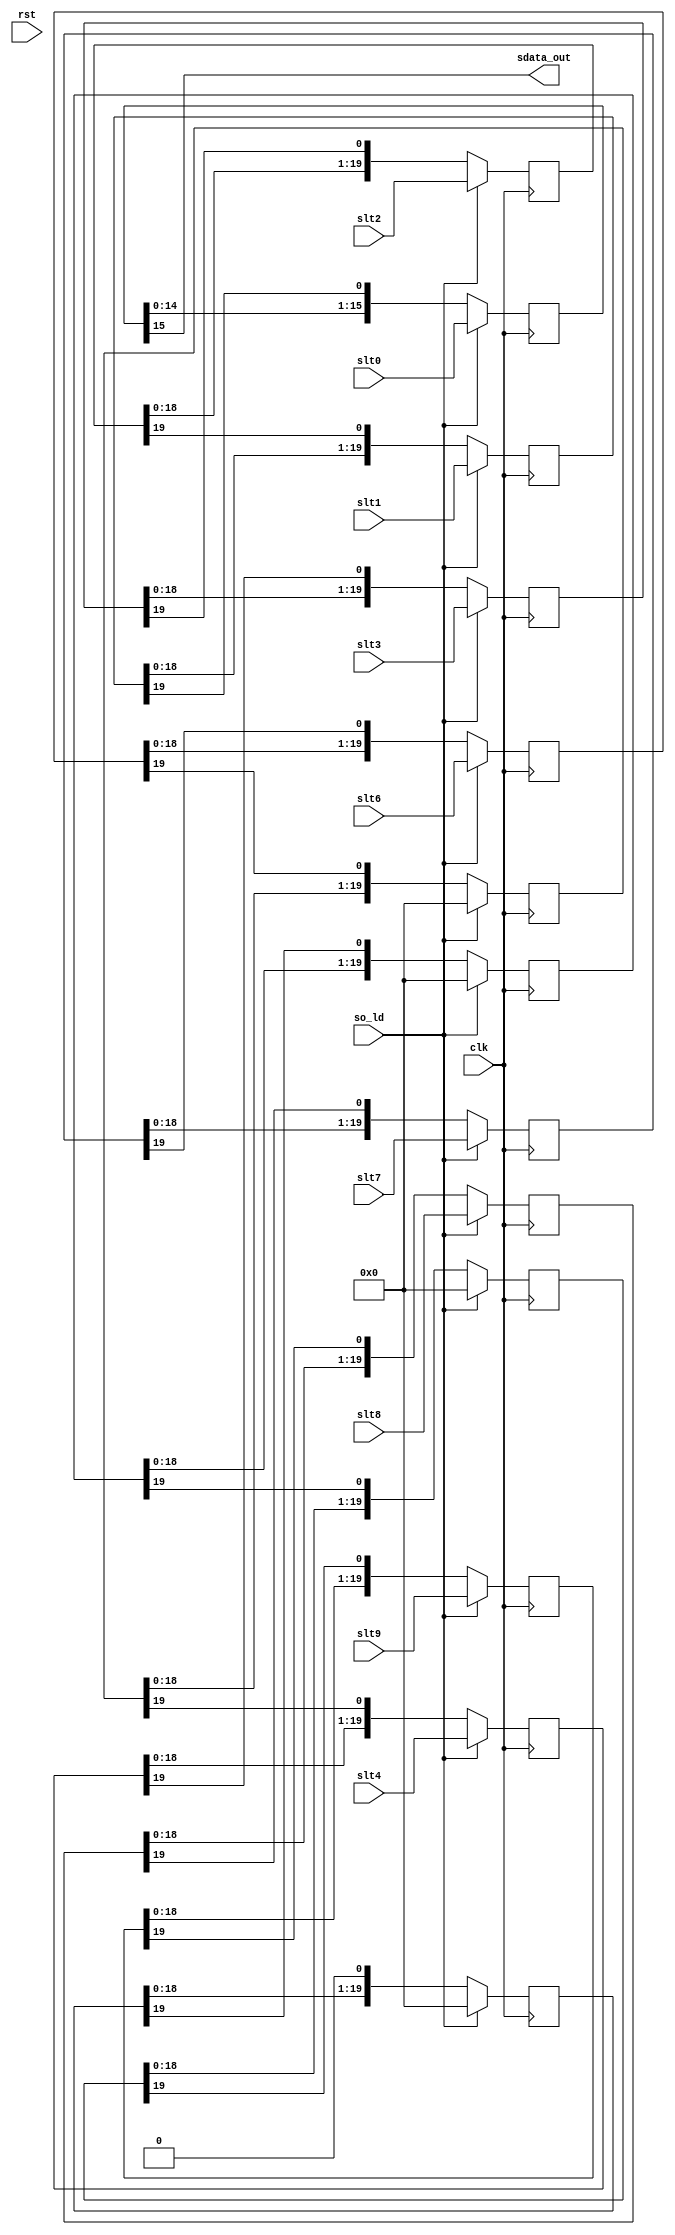
/////////////////////////////////////////////////////////////////////
////                                                             ////
////  WISHBONE AC 97 Controller                                  ////
////  Serial Output Block                                        ////
////                                                             ////
////                                                             ////
////          rudi@asics.ws                                      ////
////                                                             ////
////                                                             ////
////  Downloaded from: http://www.opencores.org/cores/ac97_ctrl/ ////
////                                                             ////
/////////////////////////////////////////////////////////////////////
////                                                             ////
//// Copyright (C) 2000-2002 Rudolf Usselmann                    ////
////                         www.asics.ws                        ////
////                         rudi@asics.ws                       ////
////                                                             ////
//// This source file may be used and distributed without        ////
//// restriction provided that this copyright statement is not   ////
//// removed from the file and that any derivative work contains ////
//// the original copyright notice and the associated disclaimer.////
////                                                             ////
////     THIS SOFTWARE IS PROVIDED ``AS IS'' AND WITHOUT ANY     ////
//// EXPRESS OR IMPLIED WARRANTIES, INCLUDING, BUT NOT LIMITED   ////
//// TO, THE IMPLIED WARRANTIES OF MERCHANTABILITY AND FITNESS   ////
//// FOR A PARTICULAR PURPOSE. IN NO EVENT SHALL THE AUTHOR      ////
//// OR CONTRIBUTORS BE LIABLE FOR ANY DIRECT, INDIRECT,         ////
//// INCIDENTAL, SPECIAL, EXEMPLARY, OR CONSEQUENTIAL DAMAGES    ////
//// (INCLUDING, BUT NOT LIMITED TO, PROCUREMENT OF SUBSTITUTE   ////
//// GOODS OR SERVICES; LOSS OF USE, DATA, OR PROFITS; OR        ////
//// BUSINESS INTERRUPTION) HOWEVER CAUSED AND ON ANY THEORY OF  ////
//// LIABILITY, WHETHER IN  CONTRACT, STRICT LIABILITY, OR TORT  ////
//// (INCLUDING NEGLIGENCE OR OTHERWISE) ARISING IN ANY WAY OUT  ////
//// OF THE USE OF THIS SOFTWARE, EVEN IF ADVISED OF THE         ////
//// POSSIBILITY OF SUCH DAMAGE.                                 ////
////                                                             ////
/////////////////////////////////////////////////////////////////////

//  CVS Log
//
//  $Id: ac97_sout.v,v 1.2 2002-09-19 06:30:56 rudi Exp $
//
//  $Date: 2002-09-19 06:30:56 $
//  $Revision: 1.2 $
//  $Author: rudi $
//  $Locker:  $
//  $State: Exp $
//
// Change History:
//               $Log: not supported by cvs2svn $
//               Revision 1.1  2001/08/03 06:54:50  rudi
//
//
//               - Changed to new directory structure
//
//               Revision 1.1.1.1  2001/05/19 02:29:15  rudi
//               Initial Checkin
//
//
//
//


module ac97_sout(clk, rst,

	so_ld, slt0, slt1, slt2, slt3, slt4,
	slt6, slt7, slt8, slt9,

	sdata_out
	);

input		clk, rst;

// --------------------------------------
// Misc Signals
input		so_ld;
input	[15:0]	slt0;
input	[19:0]	slt1;
input	[19:0]	slt2;
input	[19:0]	slt3;
input	[19:0]	slt4;
input	[19:0]	slt6;
input	[19:0]	slt7;
input	[19:0]	slt8;
input	[19:0]	slt9;

// --------------------------------------
// AC97 Codec Interface
output		sdata_out;

////////////////////////////////////////////////////////////////////
//
// Local Wires
//

wire		sdata_out;

reg	[15:0]	slt0_r;
reg	[19:0]	slt1_r;
reg	[19:0]	slt2_r;
reg	[19:0]	slt3_r;
reg	[19:0]	slt4_r;
reg	[19:0]	slt5_r;
reg	[19:0]	slt6_r;
reg	[19:0]	slt7_r;
reg	[19:0]	slt8_r;
reg	[19:0]	slt9_r;
reg	[19:0]	slt10_r;
reg	[19:0]	slt11_r;
reg	[19:0]	slt12_r;

////////////////////////////////////////////////////////////////////
//
// Misc Logic
//

////////////////////////////////////////////////////////////////////
//
// Serial Shift Register
//

assign	sdata_out = slt0_r[15];

always @(posedge clk)
	if(so_ld)	slt0_r <= #1 slt0;
	else		slt0_r <= #1 {slt0_r[14:0], slt1_r[19]};

always @(posedge clk)
	if(so_ld)	slt1_r <= #1 slt1;
	else		slt1_r <= #1 {slt1_r[18:0], slt2_r[19]};

always @(posedge clk)
	if(so_ld)	slt2_r <= #1 slt2;
	else		slt2_r <= #1 {slt2_r[18:0], slt3_r[19]};

always @(posedge clk)
	if(so_ld)	slt3_r <= #1 slt3;
	else		slt3_r <= #1 {slt3_r[18:0], slt4_r[19]};

always @(posedge clk)
	if(so_ld)	slt4_r <= #1 slt4;
	else		slt4_r <= #1 {slt4_r[18:0], slt5_r[19]};

always @(posedge clk)
	if(so_ld)	slt5_r <= #1 20'h0;
	else		slt5_r <= #1 {slt5_r[18:0], slt6_r[19]};

always @(posedge clk)
	if(so_ld)	slt6_r <= #1 slt6;
	else		slt6_r <= #1 {slt6_r[18:0], slt7_r[19]};

always @(posedge clk)
	if(so_ld)	slt7_r <= #1 slt7;
	else		slt7_r <= #1 {slt7_r[18:0], slt8_r[19]};

always @(posedge clk)
	if(so_ld)	slt8_r <= #1 slt8;
	else		slt8_r <= #1 {slt8_r[18:0], slt9_r[19]};

always @(posedge clk)
	if(so_ld)	slt9_r <= #1 slt9;
	else		slt9_r <= #1 {slt9_r[18:0], slt10_r[19]};

always @(posedge clk)
	if(so_ld)	slt10_r <= #1 20'h0;
	else		slt10_r <= #1 {slt10_r[18:0], slt11_r[19]};

always @(posedge clk)
	if(so_ld)	slt11_r <= #1 20'h0;
	else		slt11_r <= #1 {slt11_r[18:0], slt12_r[19]};

always @(posedge clk)
	if(so_ld)	slt12_r <= #1 20'h0;
	else		slt12_r <= #1 {slt12_r[18:0], 1'b0 };

endmodule